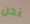
نحن